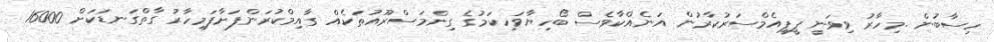
ހިސާބުން .މިހާރު ވިވަނީ ޕީޕީއެމްސަރުކާރުން އަނެއްކާވެސް ބޯހިޔާވަހިކަމުގެ ގިންމަސްރޫއުތަކެއް ގާއިމްކުރަންފަށާފަމިހާރު ގާތްގަނޑަކަށް 16000